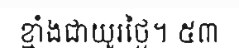
ខ្មាំងជាយូរថ្ងៃ។ ៥៣